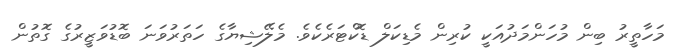
މަހާތީރު ބިން މުހަންމަދުއަކީ ކުރިން މެޑިކަލް ޑޮކްޓަރެކެވެ. މެލޭޝިޔާގެ ހަތަރުވަނަ ބޮޑުވަޒީރުގެ ގޮތުން